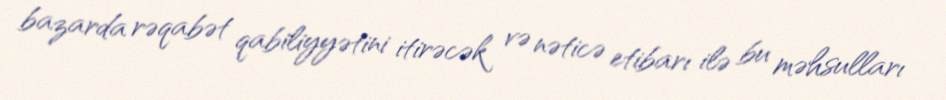
bazarda rəqabət qabiliyyətini itirəcək və nəticə etibarı ilə bu məhsulları